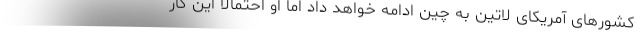
کشورهای آمریکای لاتین به چین ادامه خواهد داد اما او احتمالا این کار